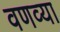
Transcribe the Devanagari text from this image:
वणव्या